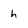
Character: h